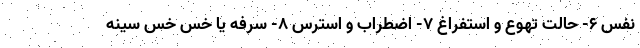
نفس ۶- حالت تهوع و استفراغ ۷- اضطراب و استرس ۸- سرفه یا خس خس سینه